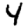
Digit: 4